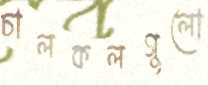
চালকলগুলো